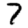
Digit: 7